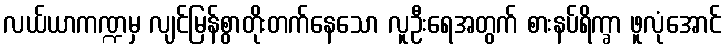
လယ်ယာကဏ္ဍမှ လျင်မြန်စွာတိုးတက်နေသော လူဦးရေအတွက် စားနပ်ရိက္ခာ ဖူလုံအောင်